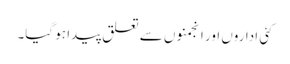
کئی اداروں اور انجمنوں سے تعلق پیدا ہو گیا۔